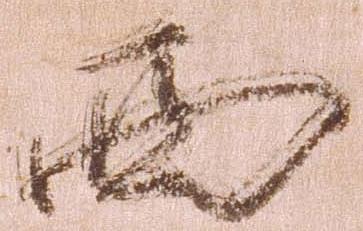
西